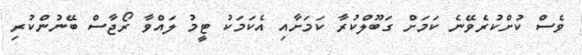
ވެސް ކުށްކުރެވޭނެ ކަމަށް ގަބޫލްކުރާ ކަމަށާއި އެކަމަކު ޓީމު ލައްވާ ރޯޖާސް ބޭނުންކުރި